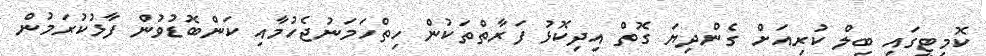
ކޮމިޓީގައި ބިލް ކުރިއަށް ގެންދިޔަ ގޮތް އިދިކޮޅު ފަރާތްތަކުން ހިތްހަމަނުޖެހުމާއި ކަންބޮޑުވުން ފާޅުކުރަމުން